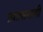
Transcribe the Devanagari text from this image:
प्रशासनाशी